Insane asylums in Bengal annual reports 1876-1887 - 1876-1887
Year: 1876
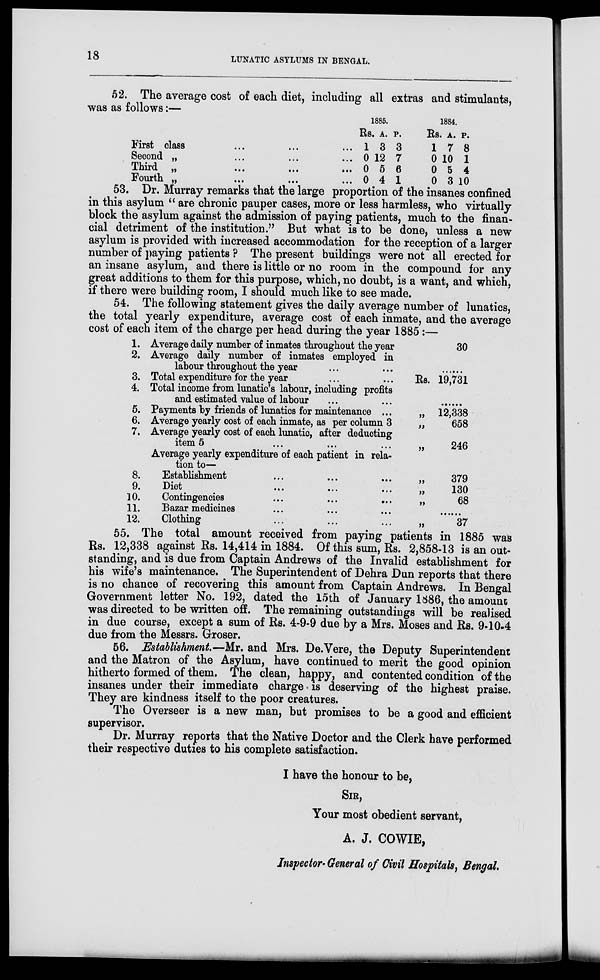
18
LUNATIC ASYLUMS IN BENGAL.
52. The average cost of each diet, including all extras and stimulants,
was as follows:—
First class ... ... ...
Second „ ... ... ...
Third „ ... ... ...
Fourth „ ... ... ...
1885.
Rs.
1
0
0
0
A.
3
12
5
4
P.
3
7
6
1
1884.
Rs.
1
0
0
0
A.
7
10
5
3
P.
8
1
4
10
53. Dr. Murray remarks that the large proportion of the insanes confined
in this asylum " are chronic pauper cases, more or less harmless, who virtually
block the asylum against the admission of paying patients, much to the finan-
cial detriment of the institution." But what is to be done, unless a new
asylum is provided with increased accommodation for the reception of a larger
number of paying patients ? The present buildings were not all erected for
an insane asylum, and there is little or no room in the compound for any
great additions to them for this purpose, which, no doubt, is a want, and which,
if there were building room, I should much like to see made.
54. The following statement gives the daily average number of lunatics,
the total yearly expenditure, average cost of each inmate, and the average
cost of each item of the charge per head during the year 1885 :—
1.
2.
3.
4.
5.
6.
7.
8.
9.
10.
11.
12.
Average daily number of inmates throughout the year
Average daily number of inmates employed in
labour throughout the year ... ...
Total expenditure for the year ... ...
Total income from lunatic's labour, including profits
and estimated value of labour ... ...
Payments by friends of lunatics for maintenance ...
Average yearly cost of each inmate, as per column 3
Average yearly cost of each lunatic, after deducting
item 5 ... ... ...
Average yearly expenditure of each patient in rela-
tion to—
Establishment ... ... ...
Diet ... ... ...
Contingencies ... ... ...
Bazar medicines ... ... ...
Clothing ... ... ...
30
.........
Rs. 19,731
.........
„ 12,338
„ 658
„ 246
„ 379
„ 130
„ 68
......
„ 37
55. The total amount received from paying patients in 1885 was
Rs. 12,338 against Rs. 14,414 in 1884. Of this sum, Rs. 2,858-13 is an out-
standing, and is due from Captain Andrews of the Invalid establishment for
his wife's maintenance. The Superintendent of Dehra Dun reports that there
is no chance of recovering this amount from Captain Andrews. In Bengal
Government letter No. 192, dated the 15th of January 1886, the amount
was directed to be written off. The remaining outstandings will be realised
in due course, except a sum of Rs. 4-9-9 due by a Mrs. Moses and Rs. 9-10-4
due from the Messrs. Groser.
56. Establishment—Mr. and Mrs. De.Vere, the Deputy Superintendent
and the Matron of the Asylum, have continued to merit the good opinion
hitherto formed of them. The clean, happy, and contented condition of the
insanes under their immediate charge is deserving of the highest praise.
They are kindness itself to the poor creatures.
The Overseer is a new man, but promises to be a good and efficient
supervisor.
Dr. Murray reports that the Native Doctor and the Clerk have performed
their respective duties to his complete satisfaction.
I have the honour to be,
SIR,
Your most obedient servant,
A. J. COWIE,
Inspector-General of Civil Hospitals, Bengal.